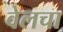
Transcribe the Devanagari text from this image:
वेलचा